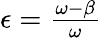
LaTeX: \begin{array}{r}{\epsilon=\frac{\omega-\beta}{\omega}}\end{array}